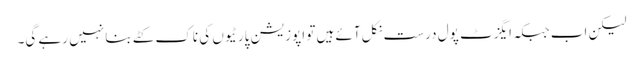
لیکن اب جبکہ ایگزٹ پول درست نکل آئے ہیں تو اپوزیشن پارٹیوں کی ناک کٹے بنا نہیں رہے گی۔